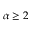
\alpha \geq 2